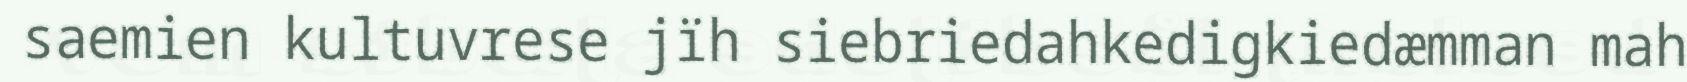
saemien kultuvrese jïh siebriedahkedigkiedæmman mah